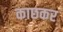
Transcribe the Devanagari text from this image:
काछकर